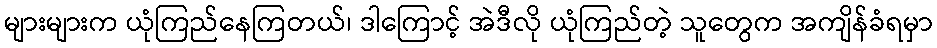
များများက ယုံကြည်နေကြတယ်၊ ဒါကြောင့် အဲဒီလို ယုံကြည်တဲ့ သူတွေက အကျိန်ခံရမှာ